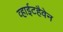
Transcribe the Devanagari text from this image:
व्हाईटहैवेन